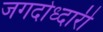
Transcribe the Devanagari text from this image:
जगदोध्दारी